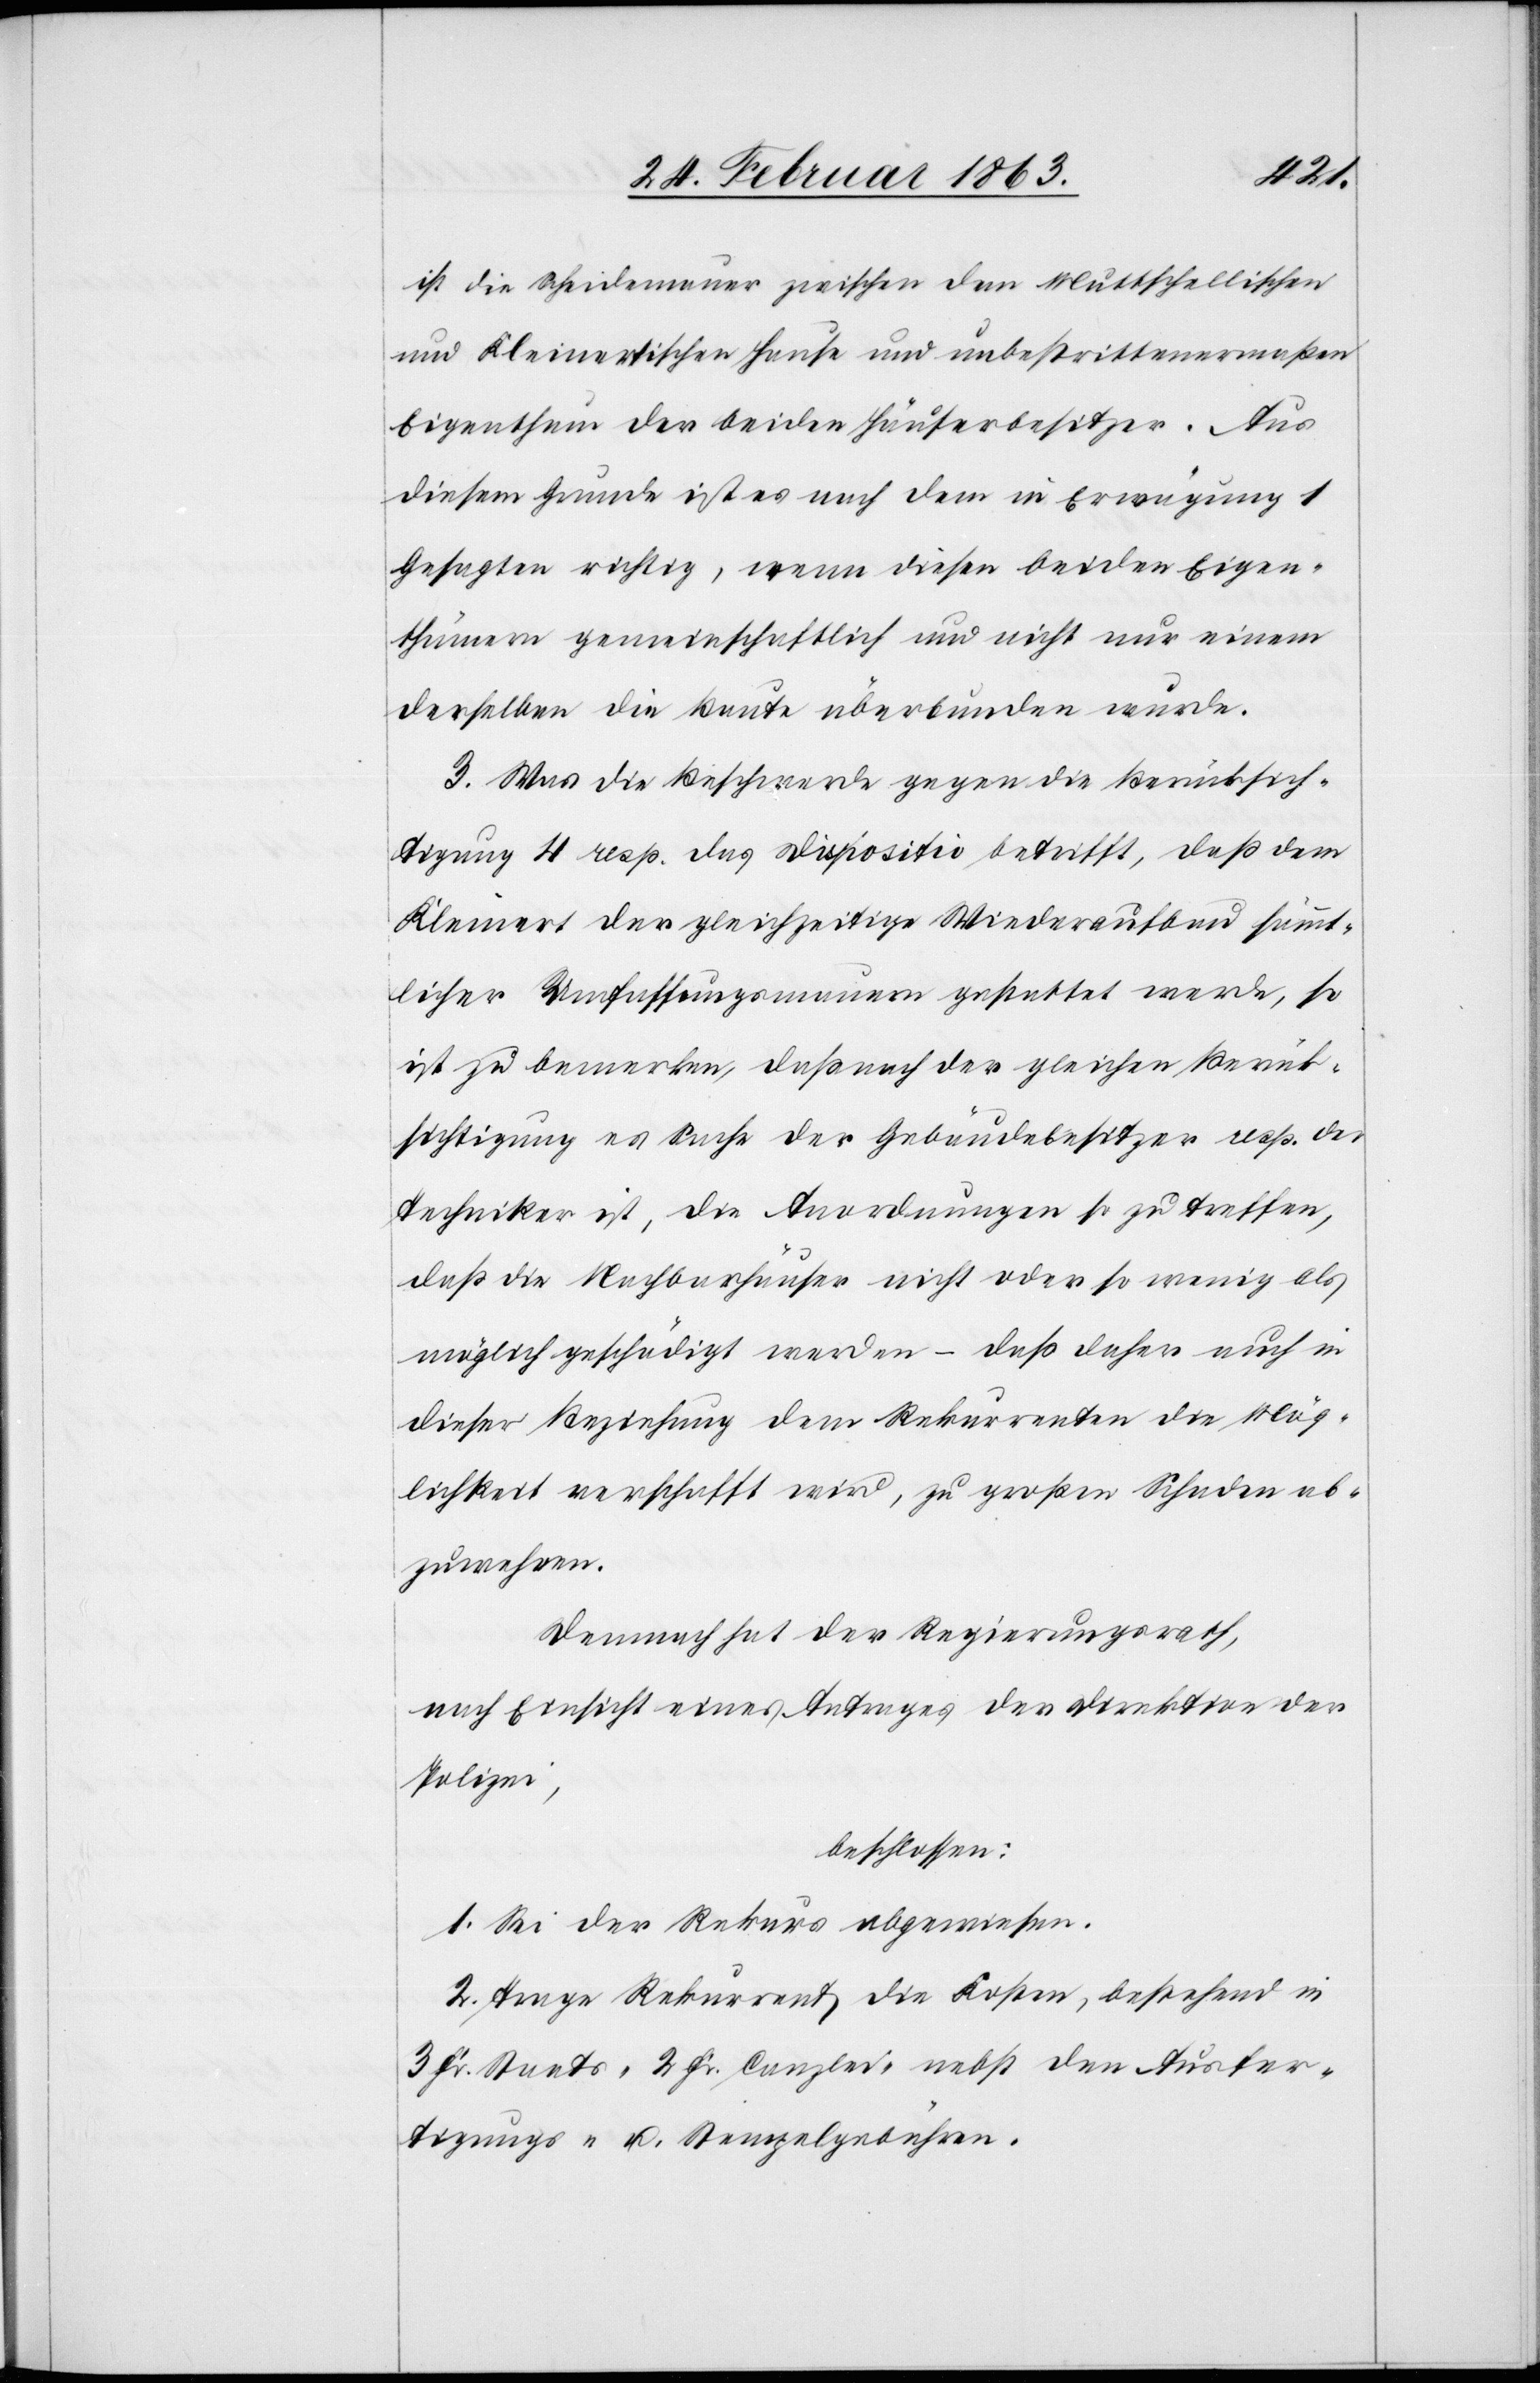
ist die Scheidemauer zwischen dem Muttschellischen
und Kleinertischen Hause und unbestrittenermaßen
Eigenthum der beiden Häuserbesitzer. Aus
diesem Grunde ist es nach dem in Erwägung 1
Gesagten richtig, wenn diesen beiden Eigen¬
thümern gemeinschaftlich und nicht nur einem
derselben die Baute überbunden wurde.
3. Was die Beschwerde gegen die Berücksich¬
tigung 4 resp. das Dispositiv betrifft, daß dem
Kleinert der gleichzeitige Wiederaufbau sämmt¬
licher Umfassungsmauern gestattet werde, so
ist zu bemerken, daß nach der gleichen Berück¬
sichtigung es Sache der Gebäudebesitzer resp. der
Techniker ist, die Anordnungen so zu treffen,
daß die Nachbarhäuser nicht oder so wenig als
möglich geschädigt werden – daß daher auch in
dieser Beziehung dem Rekurrenten die Mög¬
lichkeit verschafft wird, zu großen Schaden ab¬
zuwehren.
Demnach hat der Regierungsrath,
nach Einsicht eines Antrages der Direktion der
Polizei,
beschlossen:
1. Sei der Rekurs abgewiesen.
2. Trage Rekurrent die Kosten, bestehend in
3 Fr. Staats-[,] 2 Fr. Canzlei- nebst den Ausfer¬
tigungs- u. Stempelgebühren.